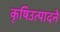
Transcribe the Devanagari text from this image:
कृषिउत्पादने